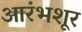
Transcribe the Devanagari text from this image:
आरंभशूर